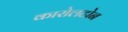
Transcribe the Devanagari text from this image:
कारोलटोन